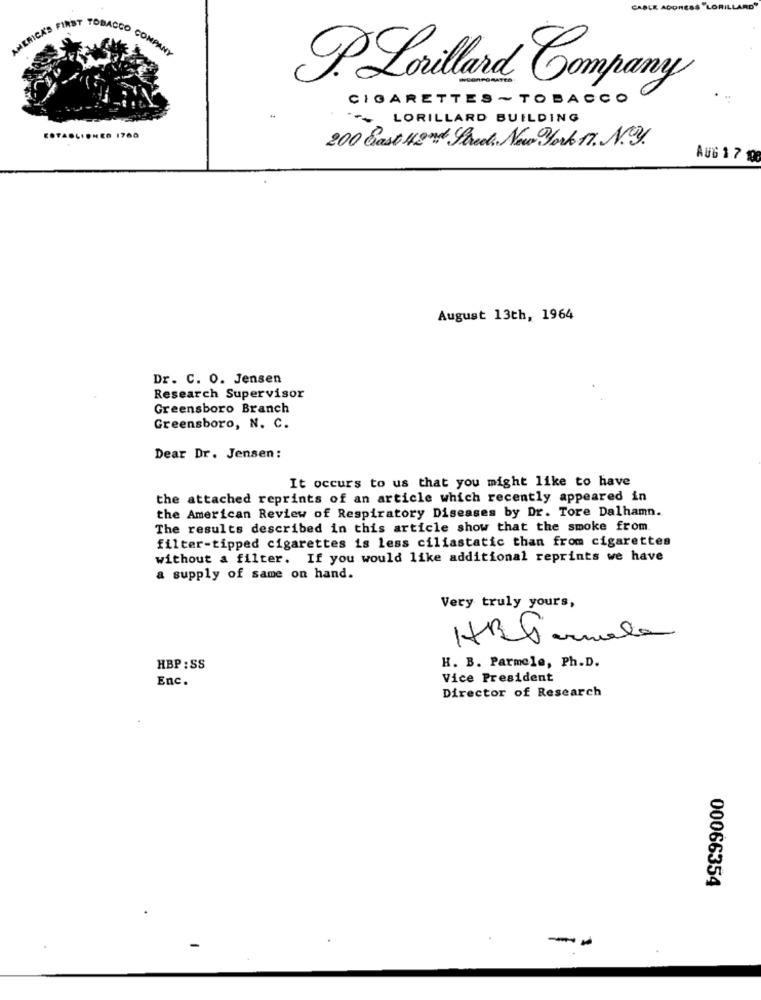
CABLE AC
ARD
ERICK'S FIRST
TOBACCO COMPANY
P. Lorillard Company
CIGARETTES ~ TOBACCO
LORILLARD BUILDING
COTACCIONES 1700
200 Cast Hond Goed New York 17. N.
AUG 1 7 100
August 13th, 1964
Dr. C. O. Jensen
Research Supervisor
Greensboro Branch
Greensboro, N. C.
Dear Dr. Jensen:
It occurs to us that you might like to have
the attached reprints of an article which recently appeared in
the American Review of Respiratory Diseases by Dr. Tore Dalhamn.
The results described in this article show that the smoke from
filter-tipped cigarettes is less ciliastatic than from cigarettes
without a filter. If you would like additional reprints we have
a supply of same on hand.
Very truly yours,
H. B. Parmele, Ph.D.
HBP : SS
Enc.
Vice President
Director of Research
00066354